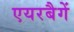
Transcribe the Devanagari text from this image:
एयरबैगें